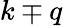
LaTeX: k\mp q